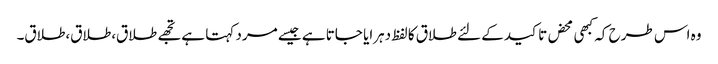
وہ اس طرح کہ کبھی محض تاکید کے لئے طلاق کا لفظ دہرایا جاتا ہے جیسے مرد کہتا ہے تجھے طلاق،طلاق،طلاق۔